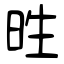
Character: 甠